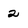
Character: 2